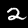
Label: 2